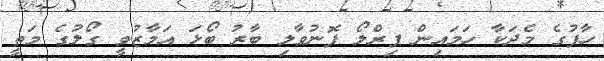
ހާފުގެ މެދަކާ ހަމައިން ޕިރްލޯ ފޮނުވާލި ބާރު ބޯޅަ އަމާޒުވީ ގޯލުގެ މަތީ